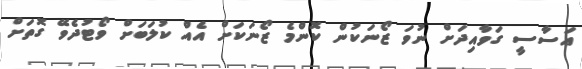
އަސާސީ ގަވާއިދަށް ނުވަ ޒޯނަކުން ކޮންމެ ޒޯނަކަށް އެއް ކުލަބަށް ވޯޓުދެވޭ ގޮތަށް